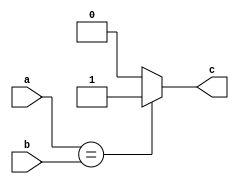
module equal_unit(
input [31:0] a,
input [31:0] b,
output c
    );
    assign c=(a==b)?1:0;
endmodule